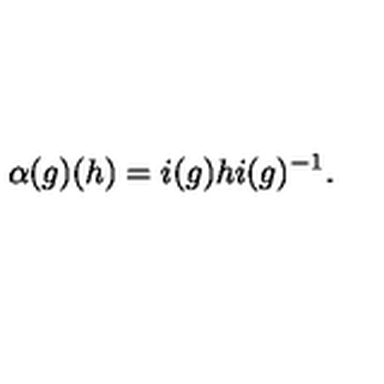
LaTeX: \alpha ( g ) ( h ) = i ( g ) h i ( g ) ^ { - 1 } .